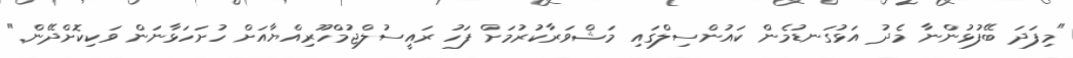
"މިފަދަ ބޭފުޅުންނާ މެދު އަޅުގަނޑުމެން ކައުންސިލްގައި މަޝްވަރާކުރުމަށް ފަހު ރައީސުލްޖުމްހޫރިއްޔާއަށް ހުށަހަޅާނަން ވަކިކޮށްދޭން